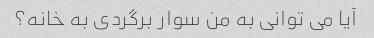
آیا می توانی به من سوار برگردی به خانه؟